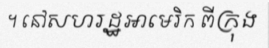
។ នៅសហរដ្ឋអាមេរិក ពីក្រុង